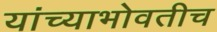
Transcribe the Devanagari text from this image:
यांच्याभोवतीच